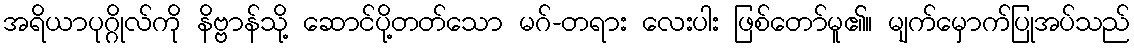
အရိယာပုဂ္ဂိုလ်ကို နိဗ္ဗာန်သို့ ဆောင်ပို့တတ်သော မဂ်-တရား လေးပါး ဖြစ်တော်မူ၏။ မျက်မှောက်ပြုအပ်သည်